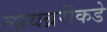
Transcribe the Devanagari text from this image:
लायब्ररीकडे